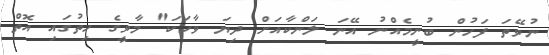
ނުވޭތަ ފަހުން ބުނީމެއްނު އޭނަ ލަންކާއަށް ދިޔަ ވާހަކަ" މާވީގެ ހިތުގައި އޮތް